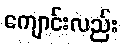
ကျောင်းလည်း